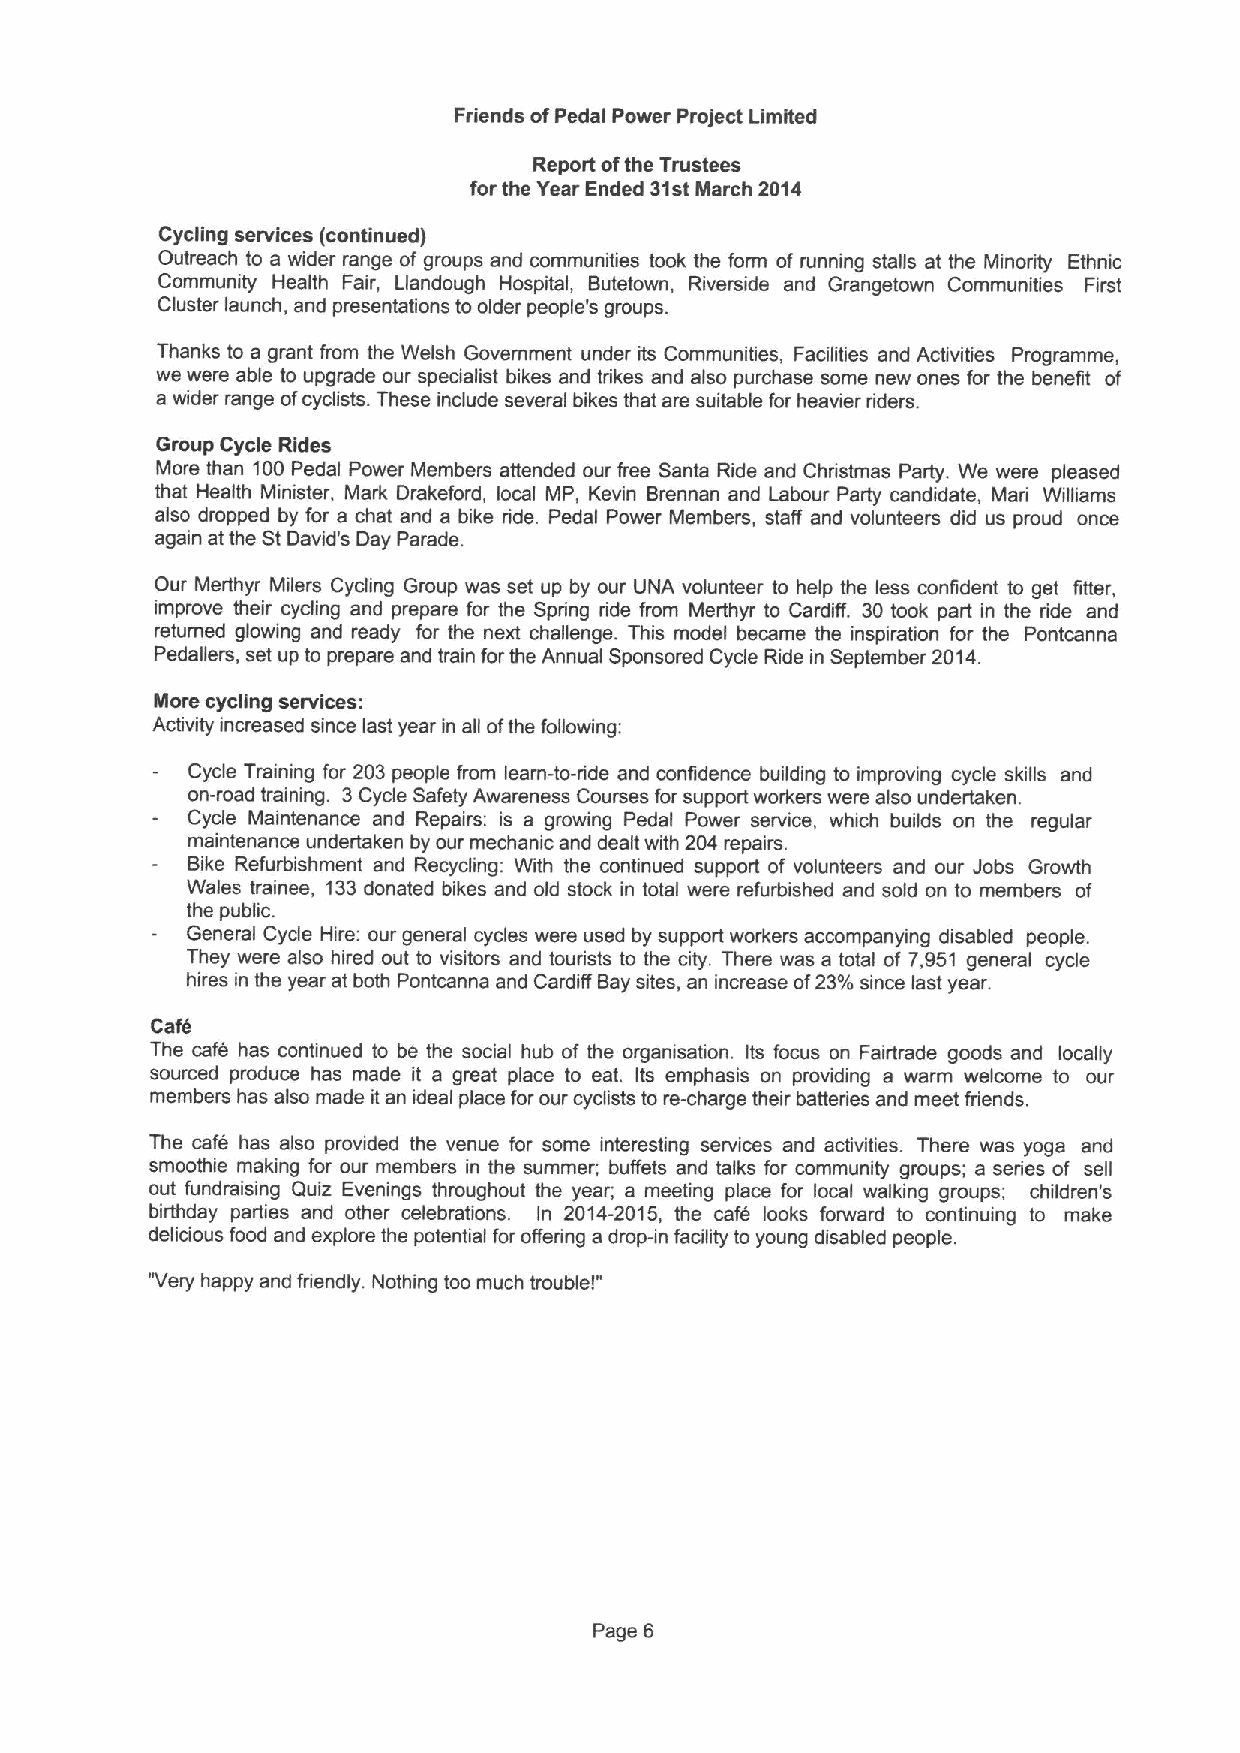
Friends ofPedal Power Project Limited
 Report ofthe Trustees
 for the Year Ended 31stMarch 2014
 Cycling services (continued)
 Outreach to a wider range of groups and communities took the form of running stalls at the Minority Ethnic
 Community Health Fair, Llandough Hospital, Butetown, Riverside and Grangetown Communities First
 Cluster launch, and presentations toolder people's groups.
 Thanks to a grant from the Welsh Government under its Communities, Facilities and Activities Programme,
 we were able to upgrade our specialist bikes and tiikes and also purchase some new ones for the benefit of
 a wider range ofcyclists. These include several bikes that are suitable for heavier riders.
 Group Cycle Rides
 More than 100Pedal Power Members attended our free Santa Ride and Christmas Party. We were pleased
 that Health Minister, Mark Drakeford, local MP, Kevin Brennan and Labour Party candidate, Mari Williams
 also dropped by for a chat and a bike ride. Pedal Power Members, staff and volunteers did us proud once
 again at the St David's Day Parade.
 Our Merthyr Milers Cycling Group was set up by our UNA volunteer to help the less confident to get fitter,
 improve their cycling and prepare for the Spring ride from Merthyr to Cardiff. 30 took part in the ride and
 returned glowing and ready for the next challenge. This model became the inspiration for the Pontcanna
 Pedallers, set up to prepare and train for the Annual Sponsored Cycle Ride in September 2014.
 More cycling services:
 Acfivity increased since last year in all ofthe following:
 Cycle Training for 203 people from leam-to-ride and confidence building to improving cycle skills and
 on-road training. 3Cycle Safety Awareness Courses for support workers were also undertaken.
 Cycle Maintenance and Repairs: is a growing Pedal Power service, which builds on the regular
 maintenance undertaken by our mechanic and dealt with 204 repairs.
 Bike Refurbishment and Recycling; With the continued support of volunteers and our Jobs Growth
 Wales trainee, 133donated hikes and old stock in total were refurbished and sold on to members of
 the public.
 General Cycle Hire: our general cycles were used by support workers accompanying disabled people.
 They were also hired out to visitors and tourists to the city. There was a total of 7,951 general cycle
 hires in the year at both Pontcanna and Cardiff Bay sites, an increase of23'lo since last year.
 Cafe
 The caf4 has continued to be the social hub of the organisation. Its focus on Fairtrade goods and locally
 sourced produce has made it a great place to eat. Its emphasis on providing a warm welcome to our
 members has also made itan ideal place for our cyclists to re-charge their batteries and meet friends.
 The caf4 has also provided the venue for some interesting services and activities. There was yoga and
 smoothie making for our members in the summer; buffets and talks for community groups; a series of sell
 out fundraising Quiz Evenings throughout the year, a meeting place for local walking groups; children' s
 birthday parties and other celebrations. In 2014-2015, the cafe looks forward to continuing to make
 delicious food and explore the potential for offering a drop-in facility to young disabled people.
 'Very happy and friendly. Nothing too much trouble!"
 Page 6